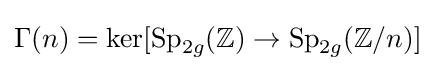
\Gamma (n)=\ker[\operatorname {Sp} _{2g}(\mathbb {Z} )\to \operatorname {Sp} _{2g}(\mathbb {Z} /n)]